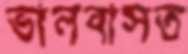
ভালবাসত